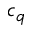
c _ { q }